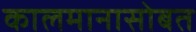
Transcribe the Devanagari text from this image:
कालमानासोबत